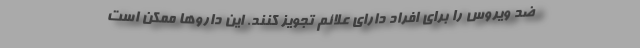
ضد ویروس را برای افراد دارای علائم تجویز کنند. این داروها ممکن است